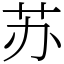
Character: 苏